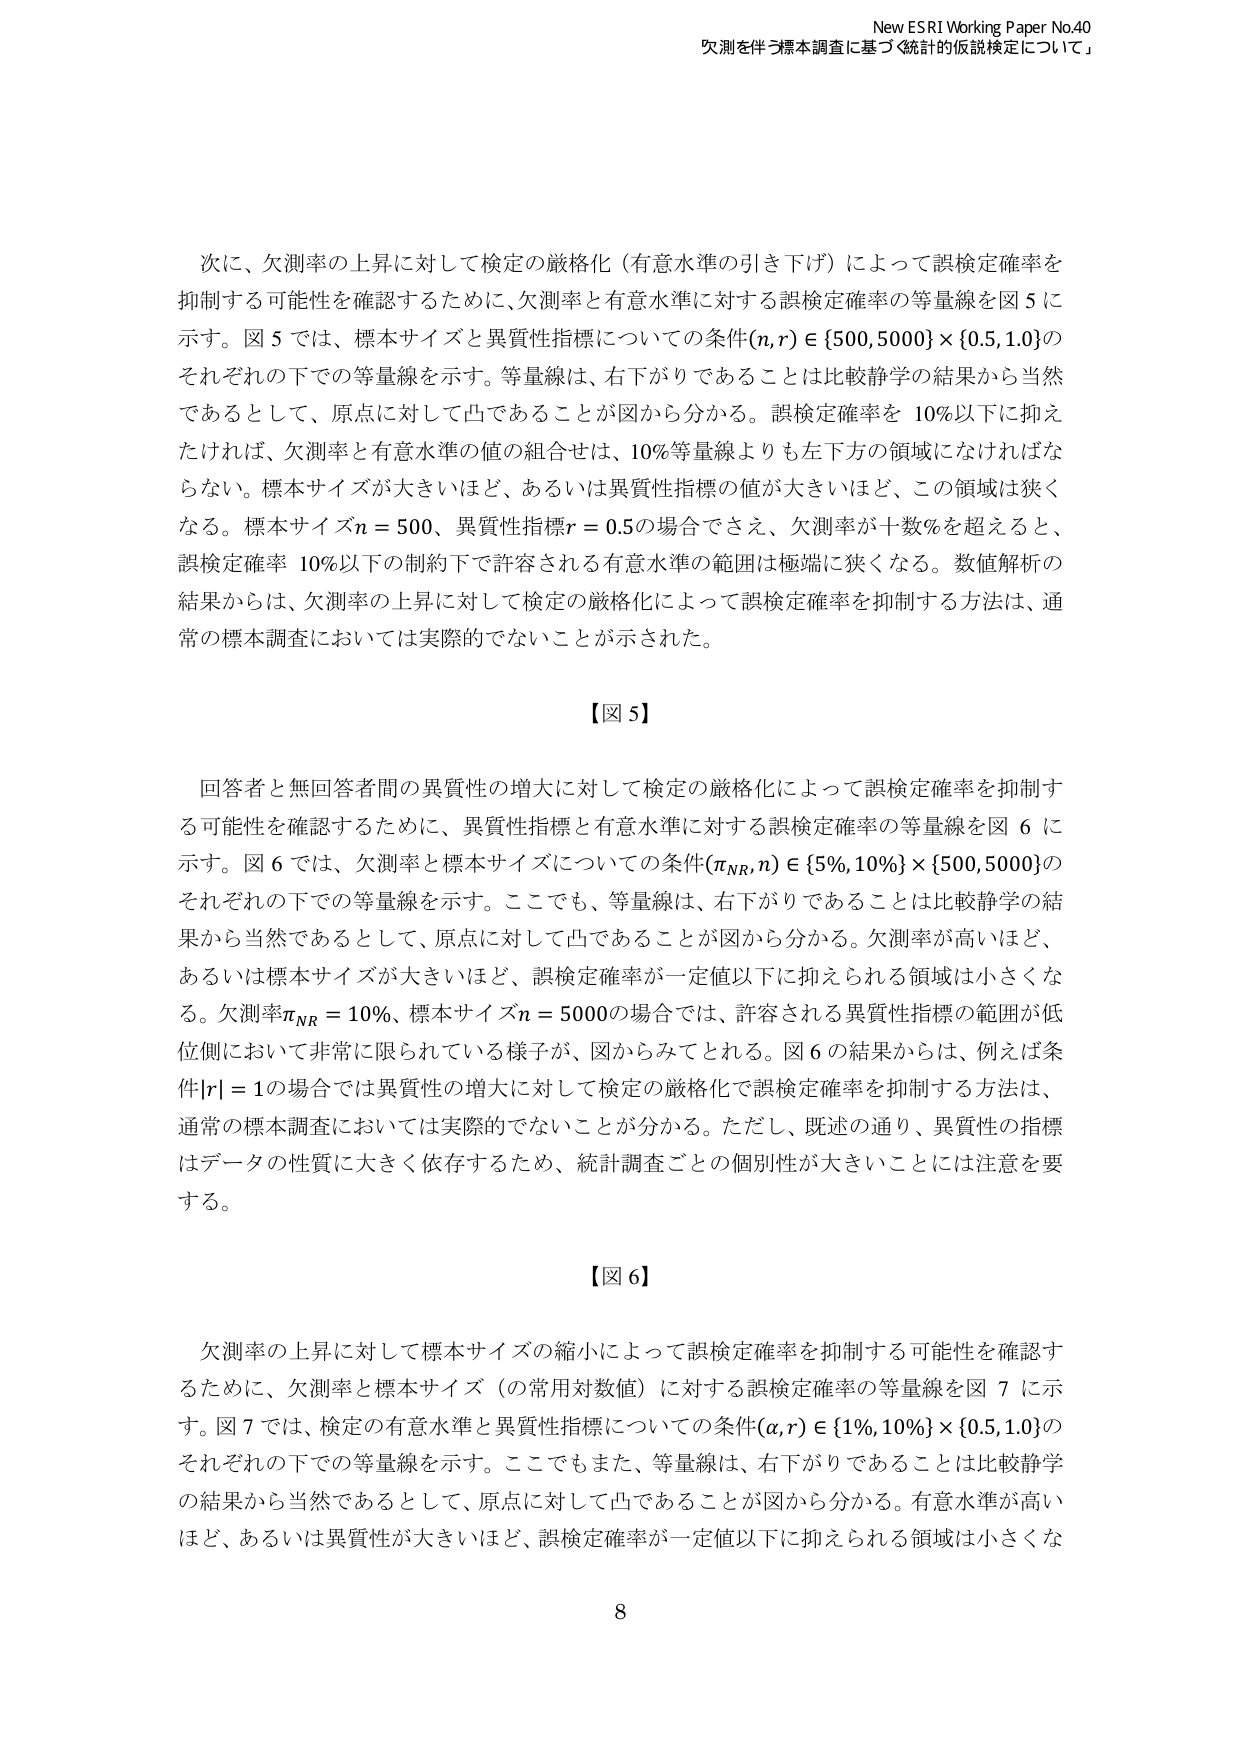
New ESRI Working Paper No.40
欠測を伴う標本調査に基づく「統計的仮説検定について」

次に、欠測率の上昇に対して検定の厳格化（有意水準の引き下げ）によって誤検定確率を
抑制する可能性を確認するために、欠測率と有意水準に対する誤検定確率の等量線を図 5 に
示す。図 5 では、標本サイズと異質性指標についての条件 (n, r) ∈ {500, 5000} × {0.5, 1.0} の
それぞれの下での等量線を示す。等量線は、右下がりであることは比較静学の結果から当然
であるとして、原点に対して凸であることが図から分かる。誤検定確率を 10%以下に抑え
なければ、欠測率と有意水準の値の組合せは、10%等量線よりも左下方の領域になければな
らない。標本サイズが大きいほど、あるいは異質性指標の値が大きいほど、この領域は狭く
なる。標本サイズ n = 500、異質性指標 r = 0.5 の場合でさえ、欠測率が十数%を超えると、
誤検定確率 10%以下の制約下で許容される有意水準の範囲は極端に狭くなる。数値解析の
結果からは、欠測率の上昇に対して検定の厳格化によって誤検定確率を抑制する方法は、通
常の標本調査においては実際的でないことが示された。

【図 5】

回答者と無回答者間の異質性の増大に対して検定の厳格化によって誤検定確率を抑制す
る可能性を確認するために、異質性指標と有意水準に対する誤検定確率の等量線を図 6 に
示す。図 6 では、欠測率と標本サイズについての条件 (π_NR, n) ∈ {5%, 10%} × {500, 5000} の
それぞれの下での等量線を示す。ここでも、等量線は、右下がりであることは比較静学の結
果から当然であるとして、原点に対して凸であることが図から分かる。欠測率が高いほど、
あるいは標本サイズが大きいほど、誤検定確率が一定値以下に抑えられる領域は小さくな
る。欠測率 π_NR = 10%、標本サイズ n = 5000 の場合では、許容される異質性指標の範囲が低
位側において非常に限られている様子が、図からみてとれる。図 6 の結果からは、例えば条
件 |r| = 1 の場合では異質性の増大に対して検定の厳格化で誤検定確率を抑制する方法は、
通常の標本調査においては実際的でないことが分かる。ただし、既述の通り、異質性の指標
はデータの性質に大きく依存するため、統計調査ごとの個別性が大きいことには注意を要
する。

【図 6】

欠測率の上昇に対して標本サイズの縮小によって誤検定確率を抑制する可能性を確認す
るために、欠測率と標本サイズ（の常用対数値）に対する誤検定確率の等量線を図 7 に示
す。図 7 では、検定の有意水準と異質性指標についての条件 (α, r) ∈ {1%, 10%} × {0.5, 1.0} の
それぞれの下での等量線を示す。ここでもまた、等量線は、右下がりであることは比較静学
の結果から当然であるとして、原点に対して凸であることが図から分かる。有意水準が高い
ほど、あるいは異質性が大きいほど、誤検定確率が一定値以下に抑えられる領域は小さくな

8